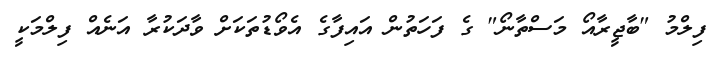
ފިލްމު "ބާޖީރާއޯ މަސްތާނޯ" ގެ ފަހަތުން އައިފާގެ އެވޯޑުތަކަށް ވާދަކުރާ އަނެއް ފިލްމަކީ